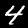
Digit: 4